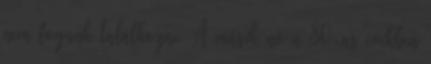
nem fogunk találkozni. A másik nő a 80-as években